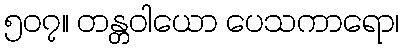
၅၀၇။ တန္တဝါယော ပေသကာရော၊